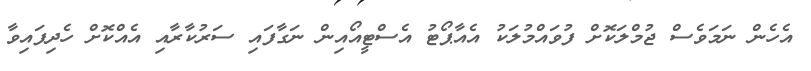
އެހެން ނަމަވެސް ޖުމްލަކޮށް ފުވައްމުލަކު އެއާޕޯޓު އެސްޓީއޯއިން ނަގާފައި ސަރުކާރާއި އެއްކޮށް ހެދިފައިވާ